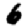
Digit: 6